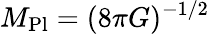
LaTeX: M_{\textrm{Pl}}=(8\pi G)^{-1/2}